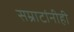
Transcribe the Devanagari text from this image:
सम्राटांनीही